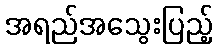
အရည်အသွေးပြည့်